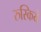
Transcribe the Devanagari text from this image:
रुस्किये